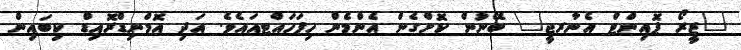
"ޒީރޯ ޕޮއިންޓް އެނާރޖީ" ބޭނުން ކޮށްގެން އެންމެން ހިފަހައްޓއައެވެ. އަދި އޮމްނިޑްރޮއިޑް ކިބައިން